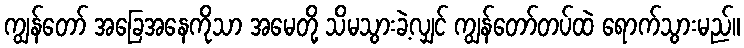
ကျွန်တော် အခြေအနေကိုသာ အမေတို့ သိမသွားခဲ့လျှင် ကျွန်တော်တပ်ထဲ ရောက်သွားမည်။